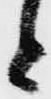
と